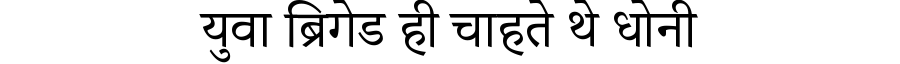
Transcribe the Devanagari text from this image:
युवा ब्रिगेड ही चाहते थे धोनी